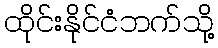
ထိုင်းနိုင်ငံဘက်သို့